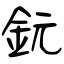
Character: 鈨